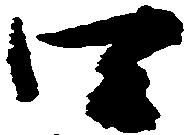
四